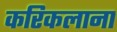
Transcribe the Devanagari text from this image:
करिकलाना